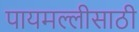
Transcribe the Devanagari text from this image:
पायमल्लीसाठी